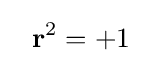
~~\mathbf {r} ^{2}=+1~